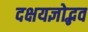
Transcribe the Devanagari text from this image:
दक्षयज्ञोद्भव